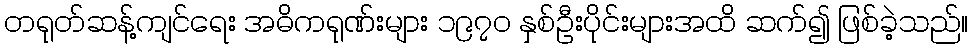
တရုတ်ဆန့်ကျင်ရေး အဓိကရုဏ်းများ ၁၉၇၀ နှစ်ဦးပိုင်းများအထိ ဆက်၍ ဖြစ်ခဲ့သည်။